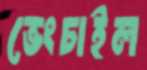
ভেংচাইল